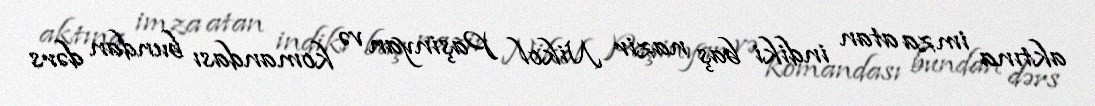
aktına imza atan indiki baş nazir Nikol Paşinyan və komandası bundan dərs